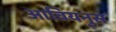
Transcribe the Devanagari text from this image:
आवियनुस